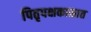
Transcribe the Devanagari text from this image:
पितृपक्षकाळात